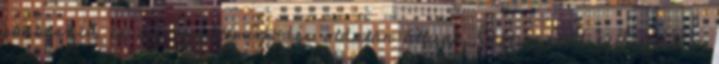
párbeszéd és az együttműködés oldalán állunk. Befejezésül felhívjuk a